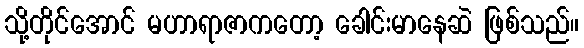
သို့တိုင်အောင် မဟာရာဇာကတော့ ခေါင်းမာနေဆဲ ဖြစ်သည်။